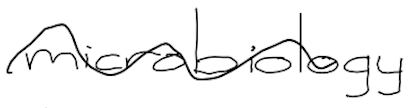
Text: microbiology
Cross-out: wave
Writing tool: digital_black